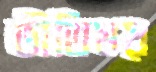
ভীতিময়